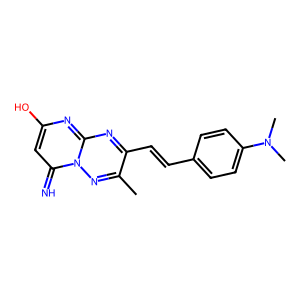
SMILES: Cc1nn2c(=N)cc(O)nc2nc1C=Cc1ccc(N(C)C)cc1
Inhibits HIV replication: No